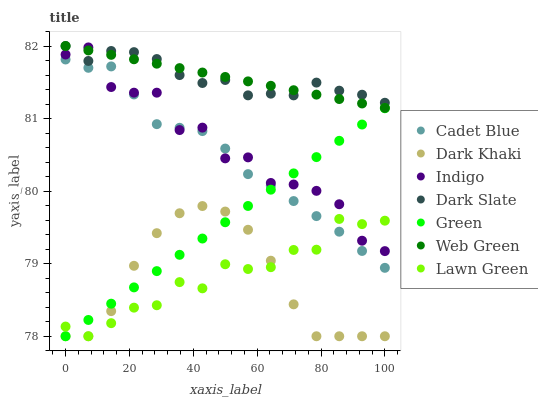
| xaxis_label | Cadet Blue | Dark Khaki | Indigo | Dark Slate | Green | Web Green | Lawn Green |
 | --- | --- | --- | --- | --- | --- | --- | --- |
 | 0 | 81.8 | 78 | 81.9 | 82 | 78 | 82 | 78.1 |
 | 7.14 | 81.7 | 78 | 82 | 81.8 | 78.2 | 81.9 | 78 |
 | 14.3 | 81.7 | 78.3 | 81.4 | 81.9 | 78.4 | 81.9 | 78.2 |
 | 21.4 | 81.3 | 79 | 81.4 | 81.9 | 78.7 | 81.8 | 78.4 |
 | 28.6 | 80.9 | 79.4 | 81.4 | 81.8 | 78.9 | 81.8 | 78.4 |
 | 35.7 | 80.9 | 79.7 | 80.8 | 81.6 | 79.1 | 81.7 | 78.7 |
 | 42.9 | 80.8 | 79.8 | 80.9 | 81.5 | 79.3 | 81.6 | 78.7 |
 | 50 | 80.6 | 79.7 | 80.5 | 81.5 | 79.6 | 81.6 | 79 |
 | 57.1 | 80.2 | 79.5 | 80.5 | 81.3 | 79.8 | 81.5 | 78.9 |
 | 64.3 | 80.1 | 79 | 80.1 | 81.3 | 80 | 81.5 | 79 |
 | 71.4 | 79.9 | 78.4 | 80.1 | 81.3 | 80.2 | 81.4 | 79.2 |
 | 78.6 | 79.7 | 78 | 80 | 81.5 | 80.5 | 81.3 | 79.2 |
 | 85.7 | 79.4 | 78 | 79.8 | 81.4 | 80.7 | 81.3 | 79.6 |
 | 92.9 | 79.2 | 78 | 79.3 | 81.3 | 80.9 | 81.2 | 79.5 |
 | 100 | 78.9 | 78 | 79.2 | 81.2 | 81.1 | 81.1 | 79.6 |